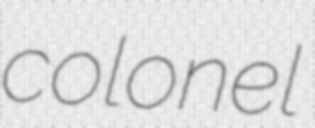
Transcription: colonel